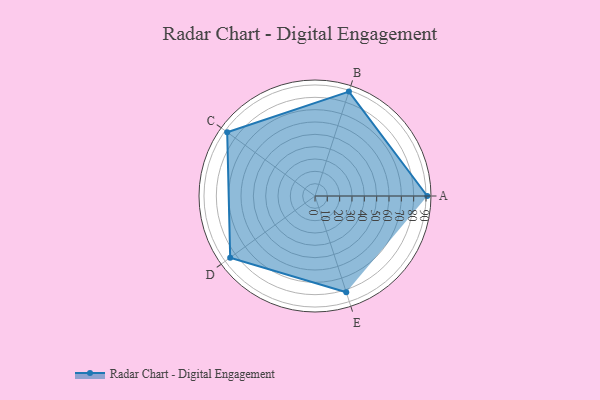
{"axis": {"x": "Skill", "y": "Score"}, "legend": ["Profile"], "data": [{"x": "A", "y": 91.0, "type": "Profile"}, {"x": "B", "y": 89.0, "type": "Profile"}, {"x": "C", "y": 88.0, "type": "Profile"}, {"x": "D", "y": 85.0, "type": "Profile"}, {"x": "E", "y": 82.0, "type": "Profile"}]}